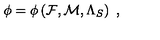
{ \cal \phi } = { \cal \phi } \left( { \cal F } , { \cal M } , { \Lambda _ { S } } \right) \ ,